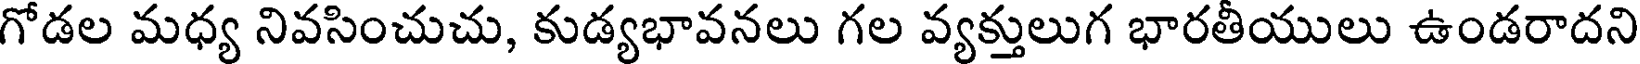
గోడల మధ్య నివసించుచు, కుడ్యభావనలు గల వ్యక్తులుగ భారతీయులు ఉండరాదని